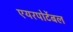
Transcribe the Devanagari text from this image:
एयरपोर्टेबल